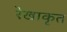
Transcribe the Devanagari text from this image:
रेखाकृत